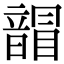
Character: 𩐲